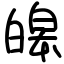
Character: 皞